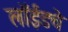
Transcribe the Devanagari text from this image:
लॉईडचे